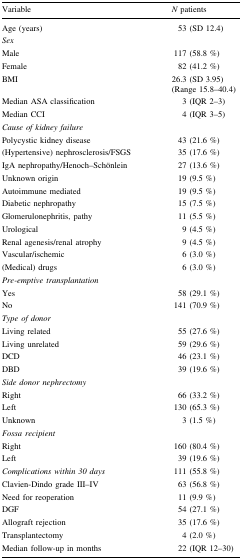
| Variable | N patients |
 | --- | --- |
 | Age (years) | 53 (SD 12.4) |
 | <COLSPAN=2> Sex |
 | Male | 117 (58.8 %) |
 | Female | 82 (41.2 %) |
 | BMI | 26.3 (SD 3.95) (Range 15.8–40.4) |
 | Median ASA classification | 3 (IQR 2–3) |
 | Median CCI | 4 (IQR 3–5) |
 | <COLSPAN=2> Cause of kidney failure |
 | Polycystic kidney disease | 43 (21.6 %) |
 | (Hypertensive) nephrosclerosis/FSGS | 35 (17.6 %) |
 | IgA nephropathy/Henoch–Schönlein | 27 (13.6 %) |
 | Unknown origin | 19 (9.5 %) |
 | Autoimmune mediated | 19 (9.5 %) |
 | Diabetic nephropathy | 15 (7.5 %) |
 | Glomerulonephritis, pathy | 11 (5.5 %) |
 | Urological | 9 (4.5 %) |
 | Renal agenesis/renal atrophy | 9 (4.5 %) |
 | Vascular/ischemic | 6 (3.0 %) |
 | (Medical) drugs | 6 (3.0 %) |
 | <COLSPAN=2> Pre-emptive transplantation |
 | Yes | 58 (29.1 %) |
 | No | 141 (70.9 %) |
 | <COLSPAN=2> Type of donor |
 | Living related | 55 (27.6 %) |
 | Living unrelated | 59 (29.6 %) |
 | DCD | 46 (23.1 %) |
 | DBD | 39 (19.6 %) |
 | <COLSPAN=2> Side donor nephrectomy |
 | Right | 66 (33.2 %) |
 | Left | 130 (65.3 %) |
 | Unknown | 3 (1.5 %) |
 | <COLSPAN=2> Fossa recipient |
 | Right | 160 (80.4 %) |
 | Left | 39 (19.6 %) |
 | Complications within 30 days | 111 (55.8 %) |
 | Clavien-Dindo grade III–IV | 63 (56.8 %) |
 | Need for reoperation | 11 (9.9 %) |
 | DGF | 54 (27.1 %) |
 | Allograft rejection | 35 (17.6 %) |
 | Transplantectomy | 4 (2.0 %) |
 | Median follow-up in months | 22 (IQR 12–30) |